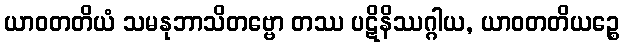
ယာဝတတိယံ သမနုဘာသိတဗ္ဗော တဿ ပဋိနိဿဂ္ဂါယ, ယာဝတတိယဉ္စေ